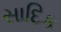
સાદિક